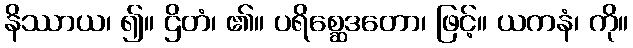
နိဿာယ၊ ၍။ ဌိတံ၊ ၏။ ပရိစ္ဆေဒတော၊ ဖြင့်။ ယကနံ၊ ကို။